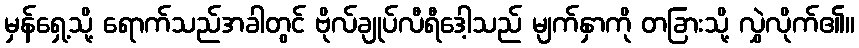
မှန်ရှေ့သို့ ရောက်သည်အခါတွင် ဗိုလ်ချုပ်လီရီဒေါ့သည် မျက်နှာကို တခြားသို့ လွှဲလိုက်၏။